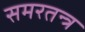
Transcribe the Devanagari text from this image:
समरतन्त्र